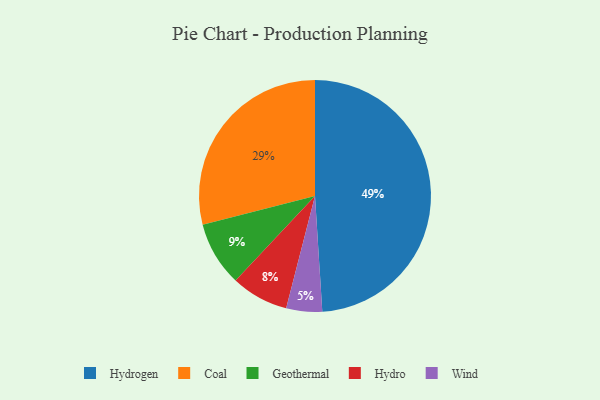
{"axis": {"x": "Category", "y": "Percentage"}, "legend": ["Coal", "Geothermal", "Hydro", "Hydrogen", "Wind"], "data": [{"x": "Hydro", "y": 8, "type": "Hydro"}, {"x": "Hydrogen", "y": 49, "type": "Hydrogen"}, {"x": "Wind", "y": 5, "type": "Wind"}, {"x": "Geothermal", "y": 9, "type": "Geothermal"}, {"x": "Coal", "y": 29, "type": "Coal"}]}